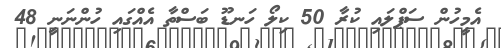
އެމީހުން ސަޕްލައި ކުރާ 50 ކިލޯ ހަނޑޫ ބަސްތާ އެއްގައި ހުންނަނީ 48